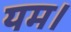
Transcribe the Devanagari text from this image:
यम।